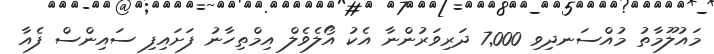
މައުލޫމާތު މުއްސަނދިވި 7